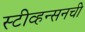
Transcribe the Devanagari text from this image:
स्टीव्हन्‍सनची